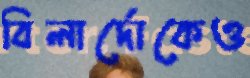
বিলার্দোকেও